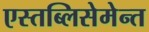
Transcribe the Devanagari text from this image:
एस्तब्लिसेमेन्त